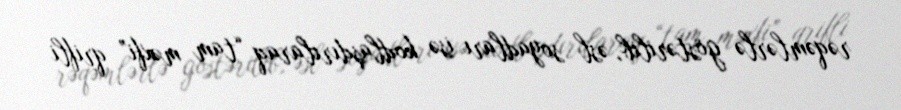
rəqəmlərlə göstərilib, əsl soyadları isə kodlaşdırılaraq “tam məxfi” qrifli